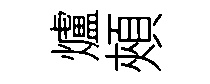
爐頰